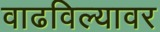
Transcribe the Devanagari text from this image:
वाढविल्यावर